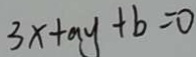
3 x + a y + b = 0